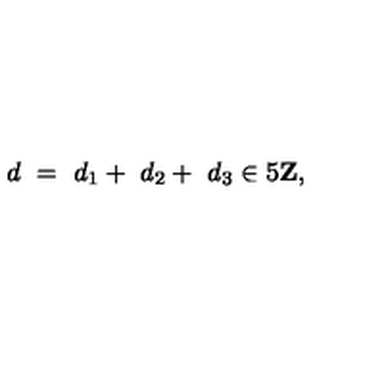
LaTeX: d \ = \ d _ { 1 } + \ d _ { 2 } + \ d _ { 3 } \in 5 { \bf Z } ,